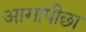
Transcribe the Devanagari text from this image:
आगापीछा